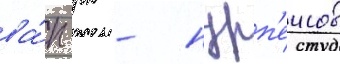
ва́п рк - нурп'еисов